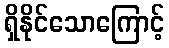
ရှိနိုင်သောကြောင့်